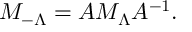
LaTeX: M _ { - \Lambda } = A M _ { \Lambda } A ^ { - 1 } .